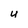
Character: U